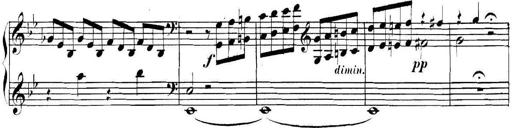
Title: Collected Piano Sonatas
Composer: Muzio Clementi